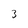
Character: 3